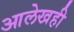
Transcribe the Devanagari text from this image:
आलेखही